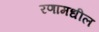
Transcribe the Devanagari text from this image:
रणामधील